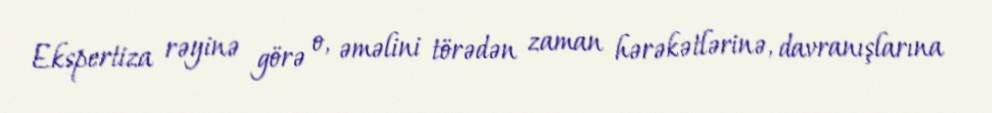
Ekspertiza rəyinə görə o, əməlini törədən zaman hərəkətlərinə, davranışlarına